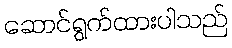
ဆောင်ရွက်ထားပါသည်